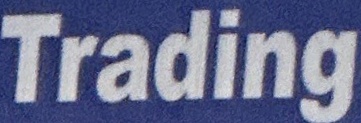
Trading